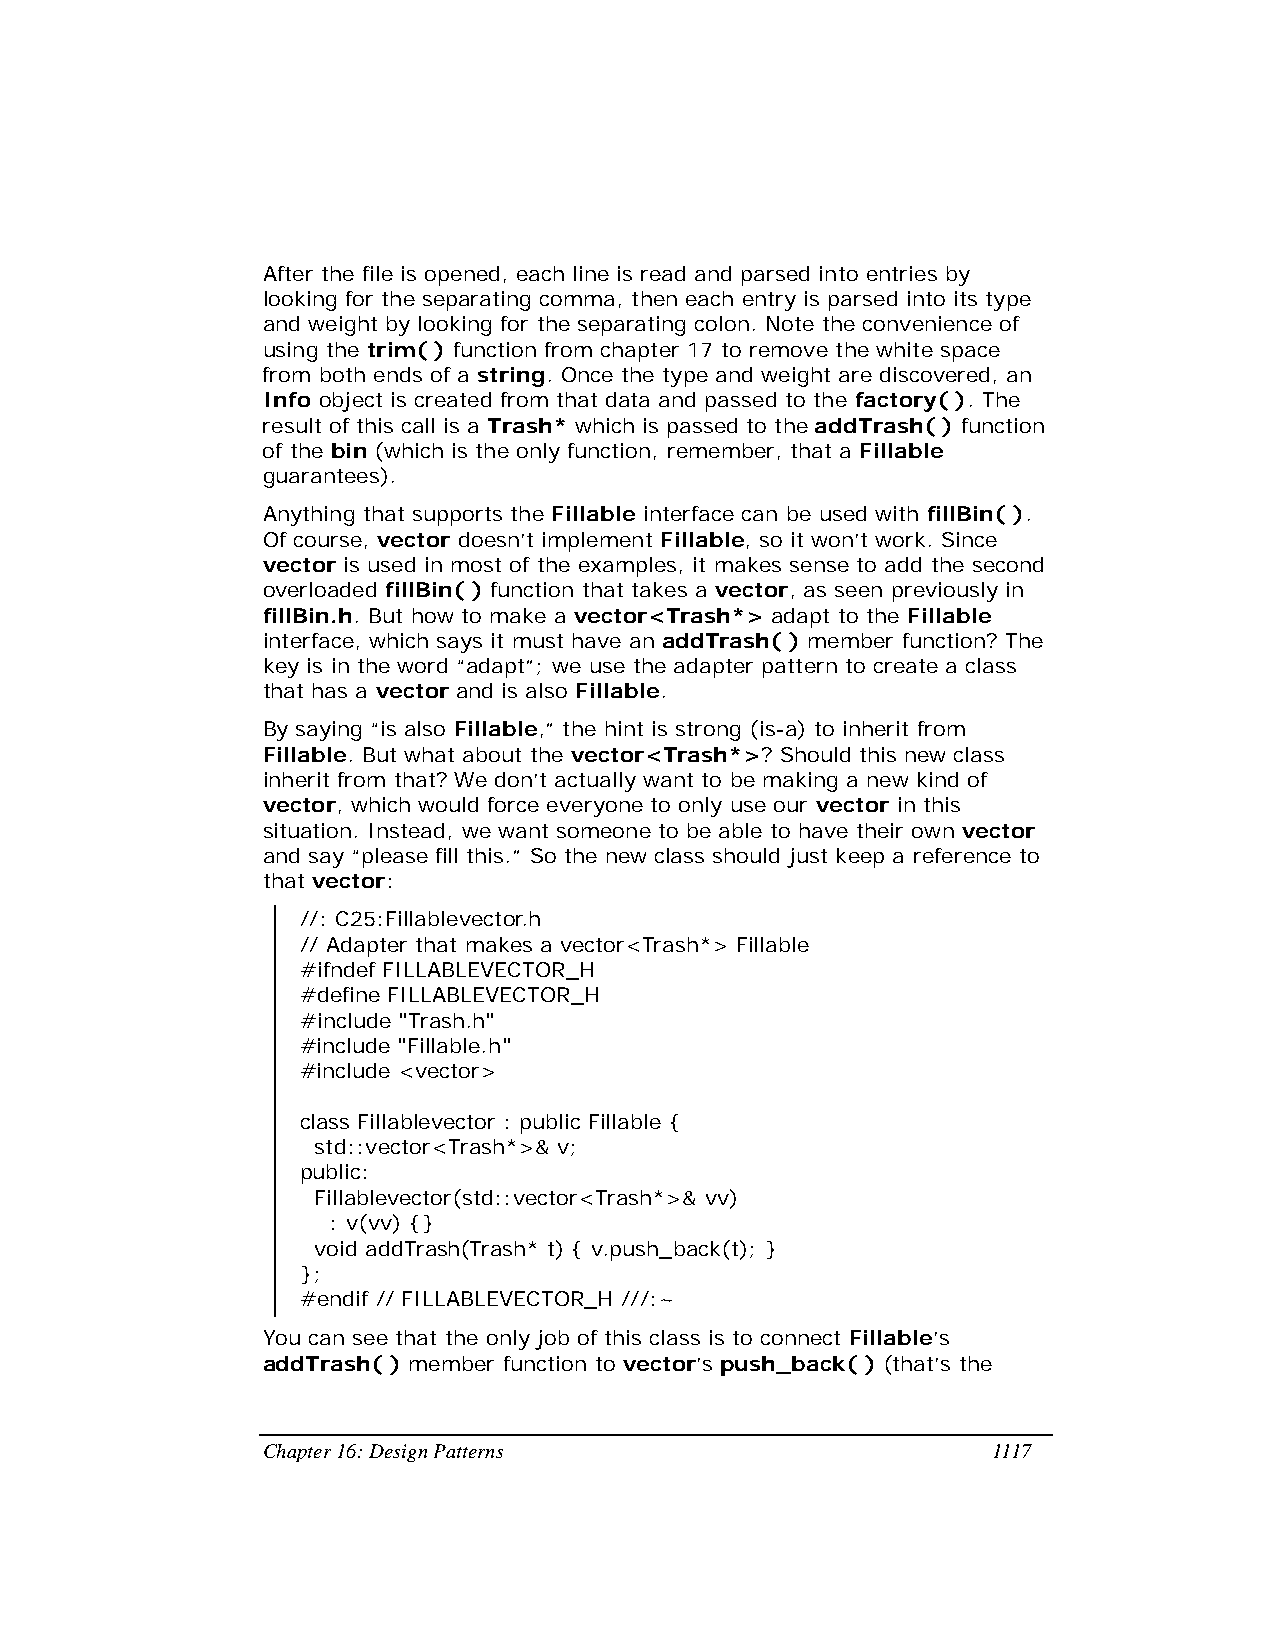
After the file is opened, each line is read and parsed into entries by
 looking for the separating comma, then each entry is parsed into its type
 and weight by looking for the separating colon. Note the convenience of
 using the trim( ) function from chapter 17 to remove the white space
 from both ends of a string. Once the type and weight are discovered, an
 Info object is created from that data and passed to the factory( ). The
 result of this call is a Trash* which is passed to the addTrash( ) function
 of the bin (which is the only function, remember, that a Fillable
 guarantees).
 Anything that supports the Fillable interface can be used with fillBin( ).
 Of course, vector doesn’t implement Fillable, so it won’t work. Since
 vector is used in most of the examples, it makes sense to add the second
 overloaded fillBin( ) function that takes a vector, as seen previously in
 fillBin.h. But how to make a vector<Trash*> adapt to the Fillable
 interface, which says it must have an addTrash( ) member function? The
 key is in the word “adapt”; we use the adapter pattern to create a class
 that has a vector and is also Fillable.
 By saying “is also Fillable,” the hint is strong (is-a) to inherit from
 Fillable. But what about the vector<Trash*>? Should this new class
 inherit from that? We don’t actually want to be making a new kind of
 vector, which would force everyone to only use our vector in this
 situation. Instead, we want someone to be able to have their own vector
 and say “please fill this.” So the new class should just keep a reference to
 that vector:
 //: C25:Fillablevector.h
 // Adapter that makes a vector<Trash*> Fillable
 #ifndef FILLABLEVECTOR_H
 #define FILLABLEVECTOR_H
 #include "Trash.h"
 #include "Fillable.h"
 #include <vector>
 class Fillablevector : public Fillable {
 std::vector<Trash*>& v;
 public:
 Fillablevector(std::vector<Trash*>& vv)
 : v(vv) {}
 void addTrash(Trash* t) { v.push_back(t); }
 };
 #endif // FILLABLEVECTOR_H ///:~
 You can see that the only job of this class is to connect Fillable’s
 addTrash( ) member function to vector’s push_back( ) (that’s the
 Chapter 16: Design Patterns                      1117